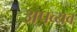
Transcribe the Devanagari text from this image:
अपव्यव